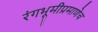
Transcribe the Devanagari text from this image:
रंगभूमीप्रमाणेच